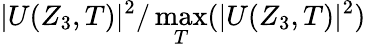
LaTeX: |U(Z_{3},T)|^{2}/\operatorname*{max}_{T}(|U(Z_{3},T)|^{2})